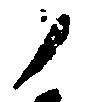
ノ